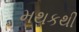
મથકથી